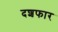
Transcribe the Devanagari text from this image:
दशफार